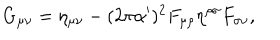
LaTeX: G _ { \mu \nu } = \eta _ { \mu \nu } - ( 2 \pi \alpha ^ { \prime } ) ^ { 2 } F _ { \mu \rho } \eta ^ { \rho \sigma } F _ { \sigma \nu } ,